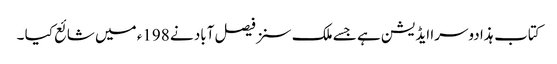
کتاب ہذا دوسرا ایڈیشن ہے جسے ملک سنز فیصل آباد نے 198ء میں شائع کیا ۔